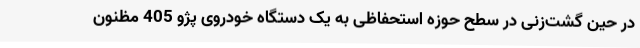
در حین گشت‌زنی در سطح حوزه استحفاظی به یک دستگاه خودروی پژو 405 مظنون